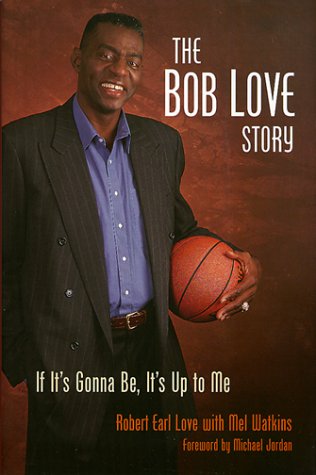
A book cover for The Bob Love Story: If It's Gonna Be, It's Up to Me; Bob Love; Sports & Outdoors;